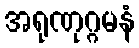
အရုဏုဂ္ဂမနံ